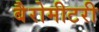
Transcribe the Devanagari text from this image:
बैरोमीटरी